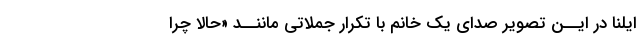
ایلنا در ایــن تصویر صداى یک خانم با تکرار جملاتى ماننــد «حالا چرا